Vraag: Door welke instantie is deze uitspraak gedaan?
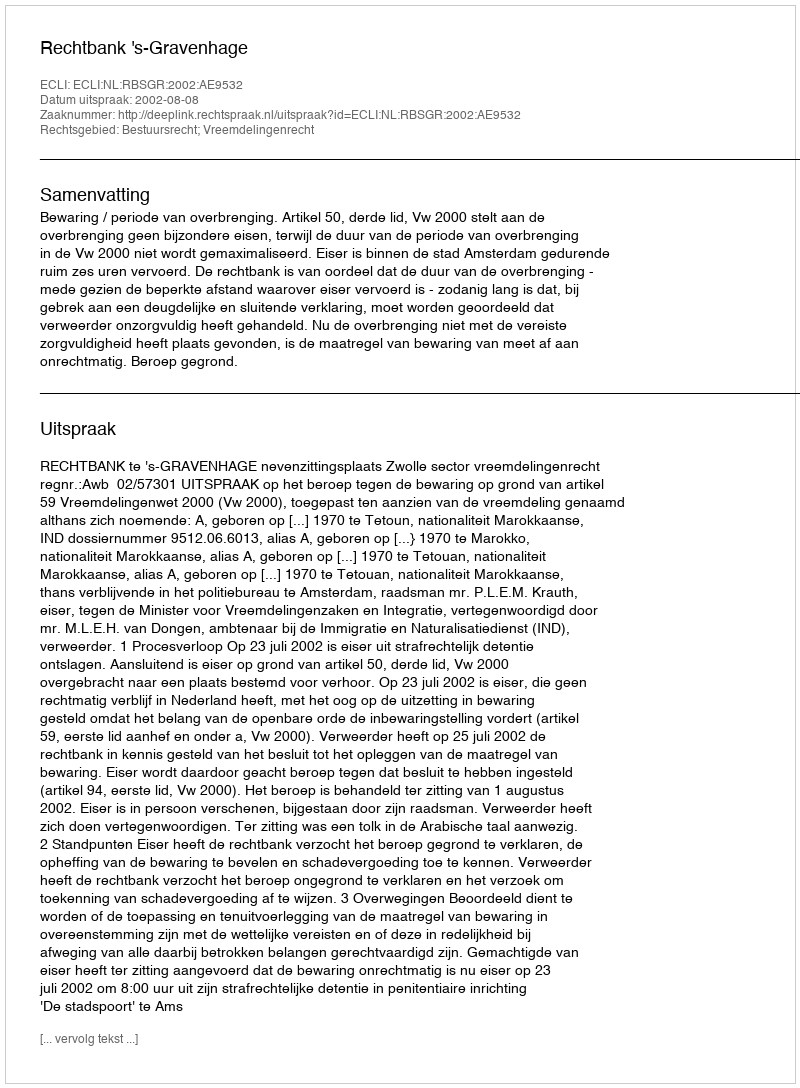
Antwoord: Rechtbank 's-Gravenhage